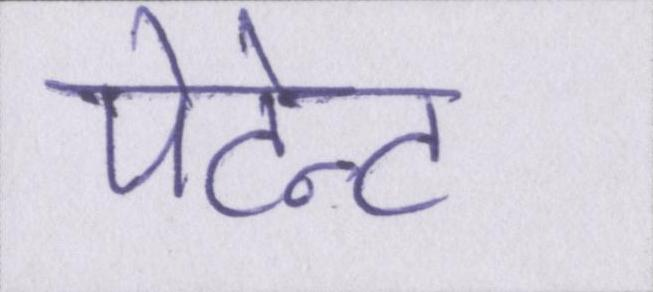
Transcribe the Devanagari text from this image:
पेटेन्ट